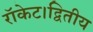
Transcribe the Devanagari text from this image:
रॉकेट।द्वितीय